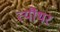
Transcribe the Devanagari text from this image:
त्यौंथर